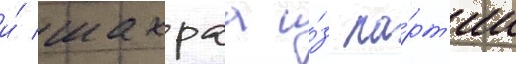
и́ шахраа и́з па́рт'ии